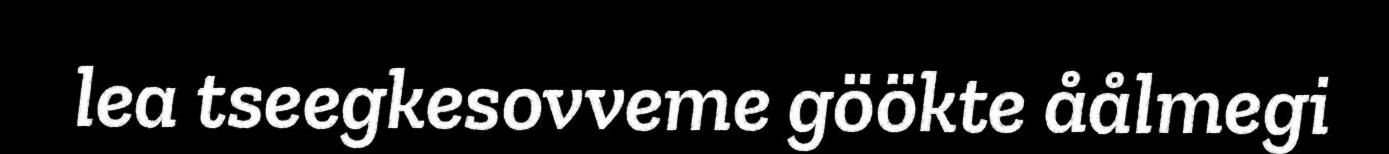
lea tseegkesovveme göökte åålmegi